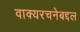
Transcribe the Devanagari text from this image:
वाक्यरचनेबद्दल